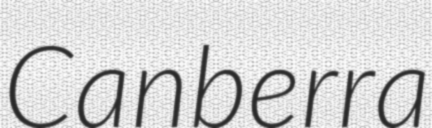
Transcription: Canberra